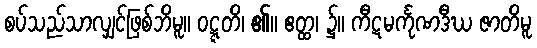
စပ်သည်သာလျှင်ဖြစ်ဘိမူ။ ဝဋ္ဋတိ၊ ၏။ ဧတ္ထ၊ ၌။ ကီဋမင်္ကုဏဒီဃ ဇာတိမူ